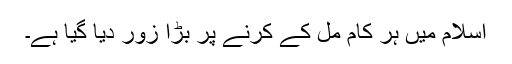
اسلام میں ہر کام مل کے کرنے پر بڑا زور دیا گیا ہے۔